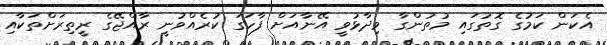
އެކަން ކަމުގެ ގޮތުގައި މުތުންގާ ވިދާޅުވީ އޭނާއަށް ފާހަގަ ކުރެއްވުނީ ރާއްޖޭގެ ރީތިރަށްތަކާއި